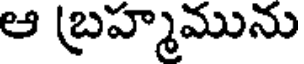
ఆ (బ్రహ్మమును